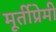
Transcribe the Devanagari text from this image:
मूर्तीप्रेमी